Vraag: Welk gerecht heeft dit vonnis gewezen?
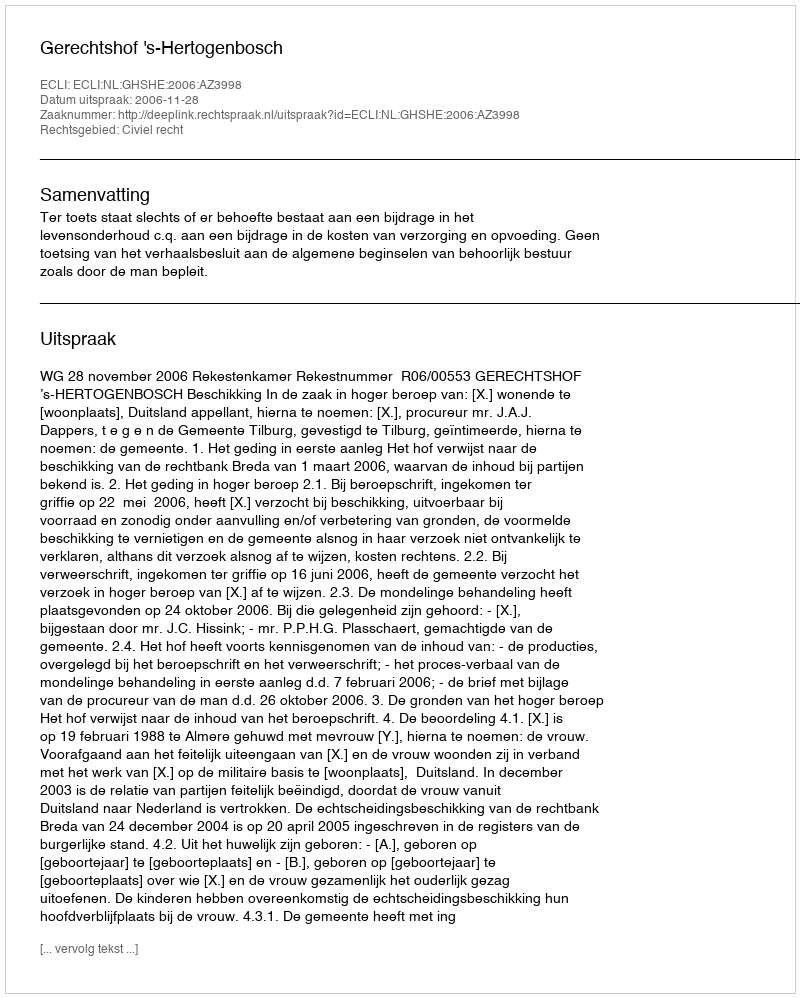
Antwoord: Gerechtshof 's-Hertogenbosch